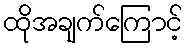
ထိုအချက်ကြောင့်